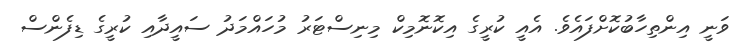
ވަނީ އިންތިހާބުކޮށްފައެވެ. އެއީ ކުރީގެ އިކޮނޮމިކް މިނިސްޓަރު މުހައްމަދު ސައީދާއި ކުރީގެ ޑިފެންސް